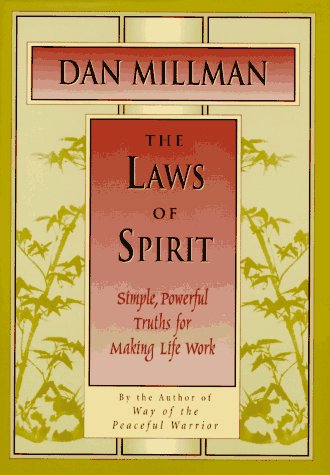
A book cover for The Laws of Spirit: Simple, Powerful Truths for Making Life Work; Dan Millman; Self-Help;